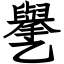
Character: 㐦